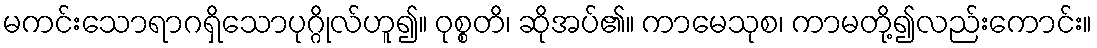
မကင်းသောရာဂရှိသောပုဂ္ဂိုလ်ဟူ၍။ ဝုစ္စတိ၊ ဆိုအပ်၏။ ကာမေသုစ၊ ကာမတို့၍လည်းကောင်း။